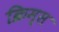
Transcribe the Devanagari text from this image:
क्रिम्स